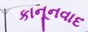
કાનૂનવાદ